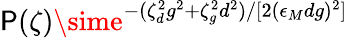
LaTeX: \mathsf{P}(\zeta)\sime^{-(\zeta_{d}^{2}g^{2}+\zeta_{g}^{2}d^{2})/[2(\epsilon_{M}dg)^{2}]}